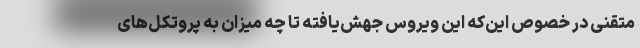
مُتقنی در خصوص این‌که این ویروس جهش‌یافته تا چه میزان به پروتکل‌های